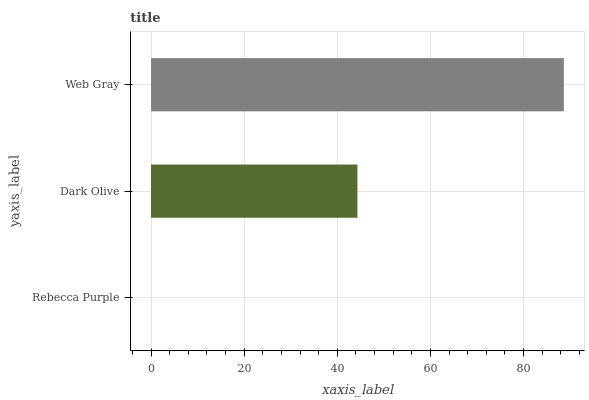
| yaxis_label | bars |
 | --- | --- |
 | Rebecca Purple | 0 |
 | Dark Olive | 44.3 |
 | Web Gray | 88.7 |